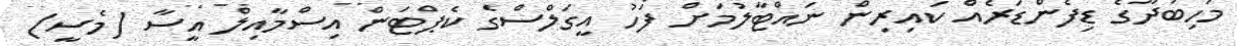
މަހިބަދޫގެ ޑިފެންޑަރެއް ކައިރިން ނައްޓާލުމަށް ފަހު އީގަލްސްގެ ކެޕްޓަން އިސްމާއިލް އީސާ (މެސީ)